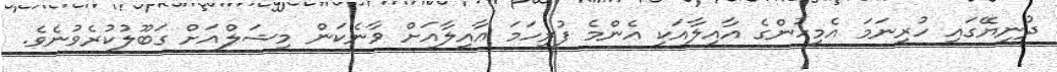
ދުނިޔޭގައި ހުރިނަމަ އެމީހުންގެ އާއިލާއަކީ އެންމެ ފުރިހަމަ ޢާއިލާއަށް ވާނެކަން މިޝަލްއަށް ގަބޫލުކުރެވުނެވެ.